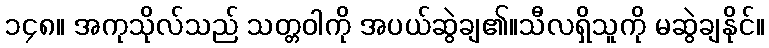
၁၄၈။ အကုသိုလ်သည် သတ္တဝါကို အပယ်ဆွဲချ၏။သီလရှိသူကို မဆွဲချနိုင်။